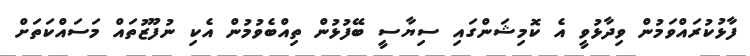
ފާޅުކުރައްވަމުން ވިދާޅުވީ އެ ކޮމިޝަންގައި ސިޔާސީ ބޭފުޅުން ތިއްބެވުމުން އެކި ނުފޫޒުތައް މަސައްކަތަށް